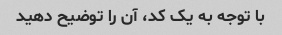
با توجه به یک کد، آن را توضیح دهید